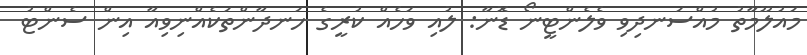
މައުލޫމާތު މުއްސަނދިވި ވެލެންޓީނޯ ޑޮނާ: ލުއި ވަހެއް ކުރީގެ ހަނދާންތަކެއްނިވިއާ އިން ސެންޓު